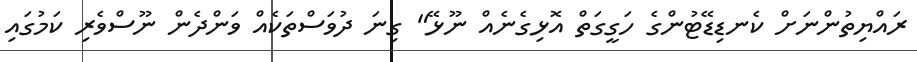
ރައްޔިތުންނަށް ކެނޑިޑޭޓުންގެ ހަގީގަތް އޮޅިގެނެއް ނޫޅޭ" ގިނަ ދުވަސްތަކެއް ވަންދެން ނޫސްވެރި ކަމުގައި